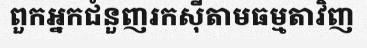
ពួកអ្នកជំនួញរកស៊ីតាមធម្មតាវិញ